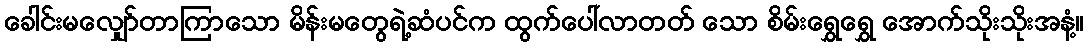
ခေါင်းမလျှော်တာကြာသော မိန်းမတွေရဲ့ဆံပင်က ထွက်ပေါ်လာတတ် သော စိမ်းရွှေရွှေ အောက်သိုးသိုးအနံ့။